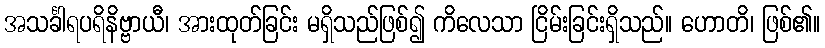
အသင်္ခါရပရိနိဗ္ဗာယီ၊ အားထုတ်ခြင်း မရှိသည်ဖြစ်၍ ကိလေသာ ငြိမ်းခြင်းရှိသည်။ ဟောတိ၊ ဖြစ်၏။